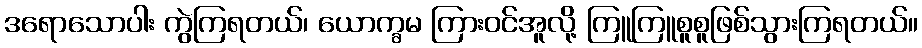
ဒရောသောပါး ကွဲကြရတယ်၊ ယောက္ခမ ကြားဝင်အူလို့ ကြူကြူစူစူဖြစ်သွားကြရတယ်။